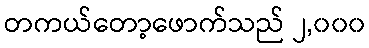
တကယ်တော့ဖောက်သည် ၂,၀၀၀